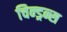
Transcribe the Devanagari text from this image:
चिन्ड्रन्स